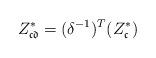
LaTeX: \begin{align*}Z_\mathfrak{cd}^*=(\delta^{-1})^T(Z_\mathfrak{c}^*)\end{align*}